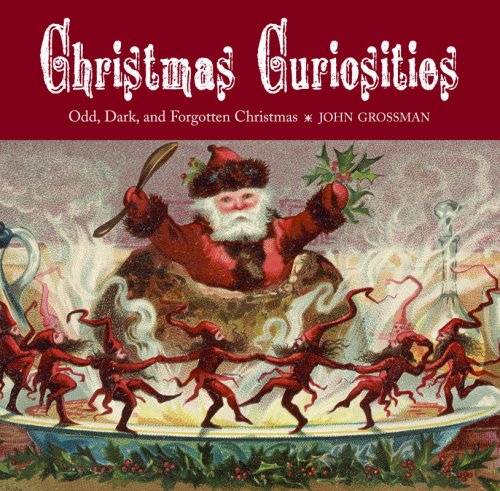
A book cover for Christmas Curiosities: Odd, Dark, and Forgotten Christmas; John Grossman; Politics & Social Sciences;